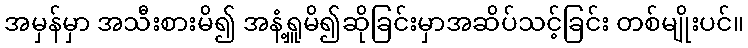
အမှန်မှာ အသီးစားမိ၍ အနံ့ရှူမိ၍ဆိုခြင်းမှာအဆိပ်သင့်ခြင်း တစ်မျိုးပင်။